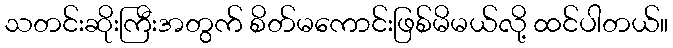
သတင်းဆိုးကြီးအတွက် စိတ်မကောင်းဖြစ်မိမယ်လို့ ထင်ပါတယ်။